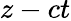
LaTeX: z-ct